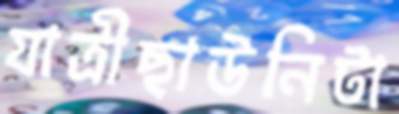
যাত্রীছাউনিটা